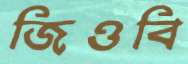
জিওবি